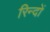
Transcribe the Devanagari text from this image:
रिन्दों